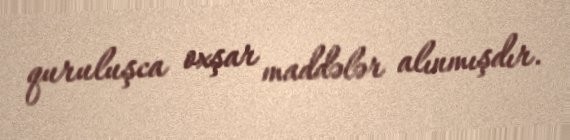
quruluşca oxşar maddələr alınmışdır.